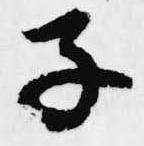
子